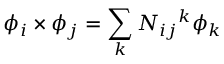
\phi _ { i } \times \phi _ { j } = \sum _ { k } N _ { i j } { } ^ { k } \phi _ { k }